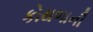
કોથળાની